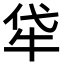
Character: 牮